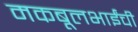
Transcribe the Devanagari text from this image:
मकबूलभाईंची